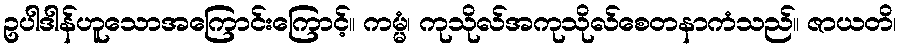
ဥပါဒါန်ဟူသောအကြောင်းကြောင့်။ ကမ္မံ၊ ကုသိုလ်အကုသိုလ်စေတနာကံသည်။ ဇာယတိ၊